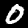
Label: 0